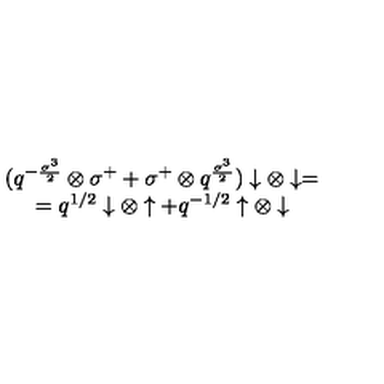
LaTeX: \begin{array} { c } { ( q ^ { - { \frac { \sigma ^ { 3 } } { 2 } } } \otimes \sigma ^ { + } + \sigma ^ { + } \otimes q ^ { \frac { \sigma ^ { 3 } } { 2 } } ) \downarrow \otimes \downarrow = } \\ { = q ^ { 1 / 2 } \downarrow \otimes \uparrow + q ^ { - 1 / 2 } \uparrow \otimes \downarrow } \\ \end{array}